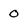
Character: 0